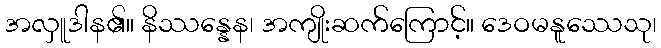
အလှူဒါန၏။ နိဿန္နေန၊ အကျိုးဆက်ကြောင့်။ ဒေဝမနူဿေသု၊